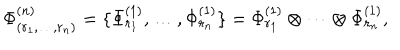
\Phi _ { ( r _ { 1 } , \ldots , r _ { n } ) } ^ { ( n ) } = \{ \Phi _ { r _ { 1 } } ^ { ( 1 ) } , \ldots , \Phi _ { r _ { n } } ^ { ( 1 ) } \} = \Phi _ { r _ { 1 } } ^ { ( 1 ) } \otimes \cdots \otimes \Phi _ { r _ { n } } ^ { ( 1 ) } ,